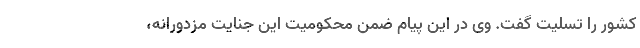
کشور را تسلیت گفت. وی در این پیام ضمن محکومیت این جنایت مزدورانه،